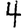
Digit: 4